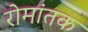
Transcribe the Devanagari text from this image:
रोमांतक